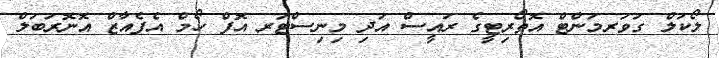
ލޯކަލް ގަވަރމަންޓް އޮތޯރިޓީގެ ރައީސް އަދި މިނިސްޓަރ އޮފް ހޯމް އެފެއާޒް އޮނޮރަބަލް